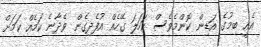
އެއީ ބިމުގެ އަޑިން ކޮންމެވެސް ކަހަލަ ގޭހެއް އުފެދިގެން ވެދާނެ ކަމެއް ކަމަށް